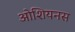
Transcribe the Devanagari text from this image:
ओशियनस